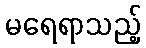
မရေရာသည့်